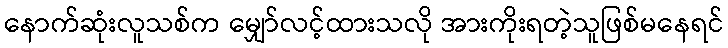
နောက်ဆုံးလူသစ်က မျှော်လင့်ထားသလို အားကိုးရတဲ့သူဖြစ်မနေရင်